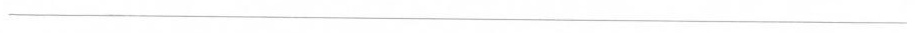
___